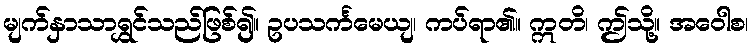
မျက်နှာသာရွှင်သည်ဖြစ်၍။ ဥပသင်္ကမေယျ၊ ကပ်ရာ၏။ ဣတိ၊ ဤသို့။ အဝေါစ၊